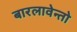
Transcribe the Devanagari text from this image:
बारलावेन्तो